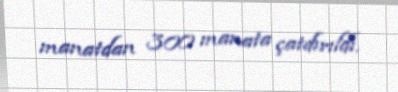
manatdan 300 manata çatdırıldı.